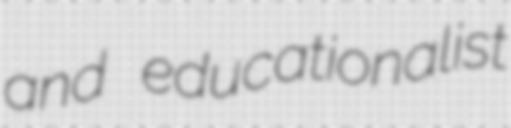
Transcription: and educationalist